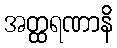
အတ္ထရဏာနိ